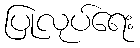
ပြုလုပ်ရေး